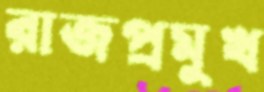
রাজপ্রমুখ